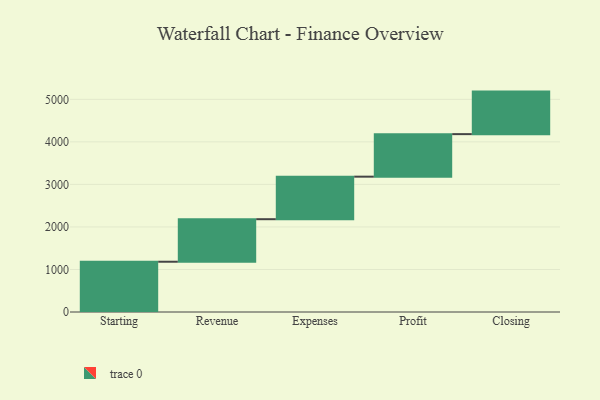
{"axis": {"x": "Step", "y": "Value"}, "legend": [""], "data": [{"x": "Starting", "y": 1182.0, "type": ""}, {"x": "Revenue", "y": 1000, "type": ""}, {"x": "Expenses", "y": 1000, "type": ""}, {"x": "Profit", "y": 1000, "type": ""}, {"x": "Closing", "y": 1000, "type": ""}]}